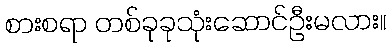
စားစရာ တစ်ခုခုသုံးဆောင်ဦးမလား။